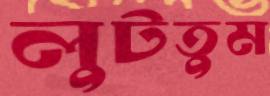
লুটতুম